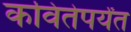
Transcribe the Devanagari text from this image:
कवितेपर्यंत